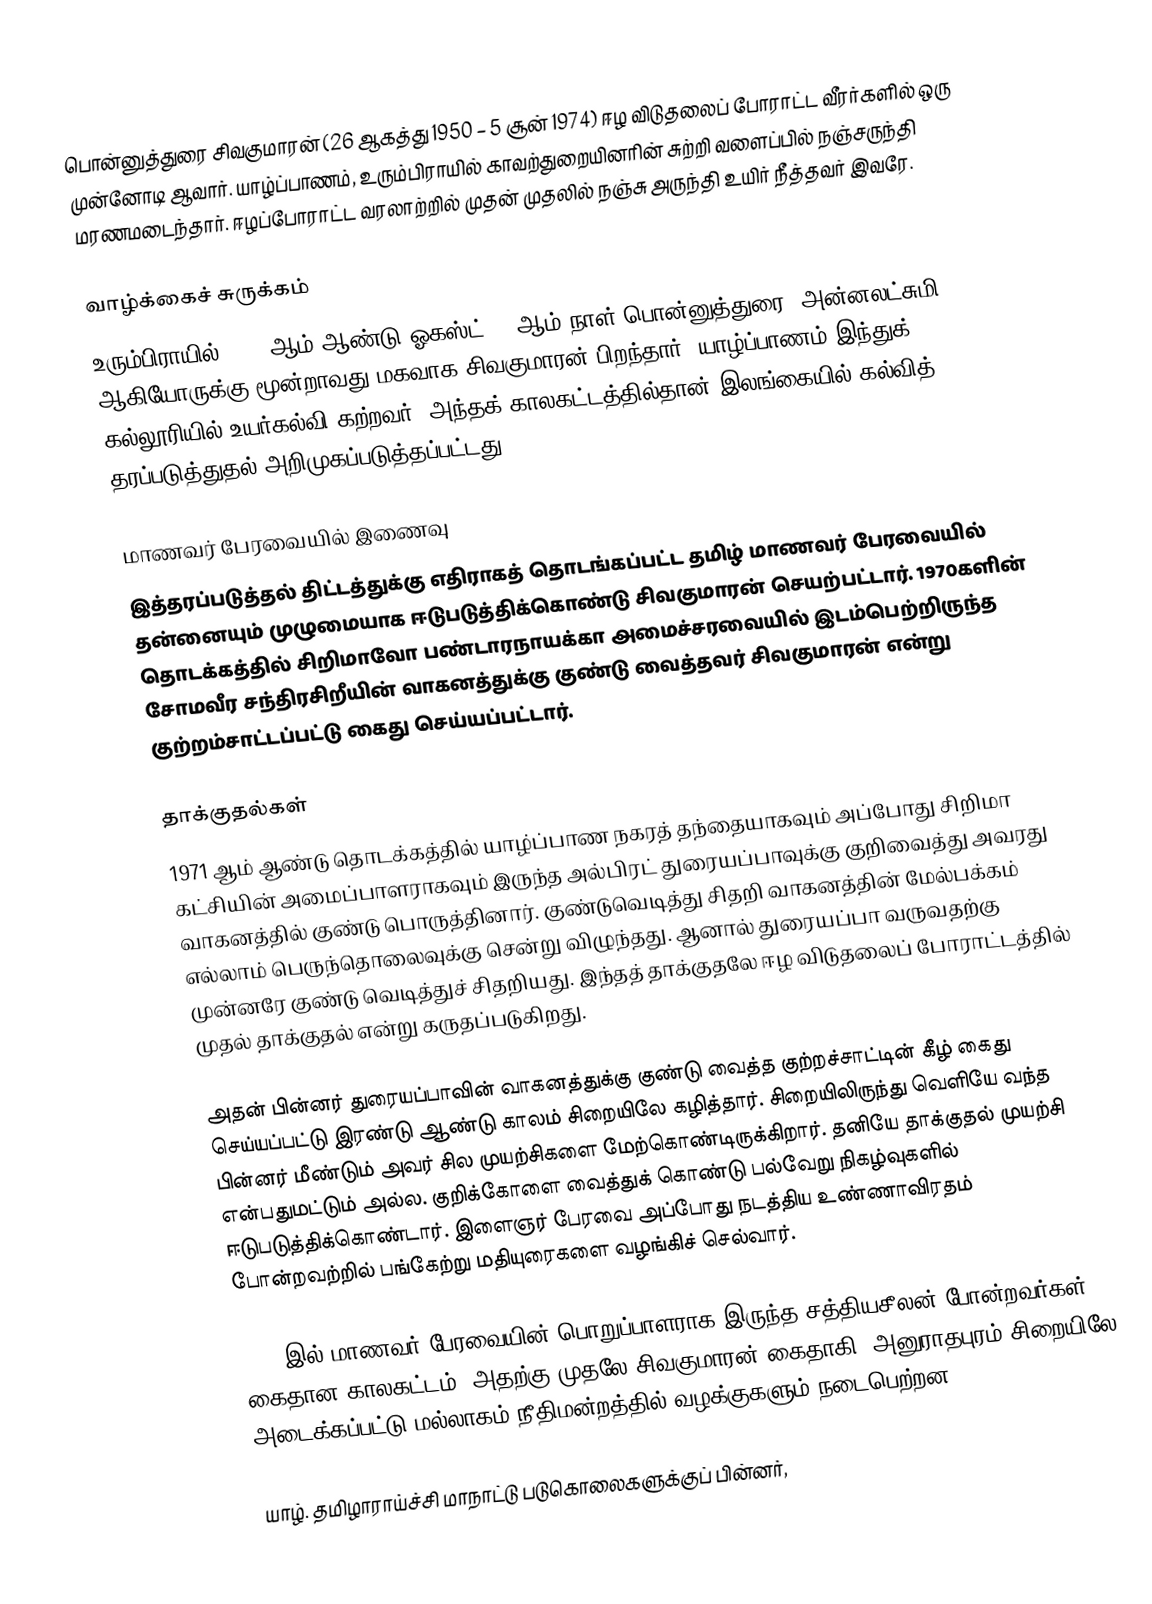
பொன்னுத்துரை சிவகுமாரன் (26 ஆகத்து 1950 – 5 சூன் 1974) ஈழ விடுதலைப் போராட்ட வீரர்களில் ஒரு முன்னோடி ஆவார். யாழ்ப்பாணம், உரும்பிராயில் காவற்துறையினரின் சுற்றி வளைப்பில் நஞ்சருந்தி மரணமடைந்தார். ஈழப்போராட்ட வரலாற்றில் முதன் முதலில் நஞ்சு அருந்தி உயிர் நீத்தவர் இவரே.

வாழ்க்கைச் சுருக்கம்
உரும்பிராயில் 1950 ஆம் ஆண்டு ஓகஸ்ட் 26 ஆம் நாள் பொன்னுத்துரை, அன்னலட்சுமி ஆகியோருக்கு மூன்றாவது மகவாக சிவகுமாரன் பிறந்தார். யாழ்ப்பாணம் இந்துக் கல்லூரியில் உயர்கல்வி கற்றவர். அந்தக் காலகட்டத்தில்தான் இலங்கையில் கல்வித் தரப்படுத்துதல் அறிமுகப்படுத்தப்பட்டது.

மாணவர் பேரவையில் இணைவு
இத்தரப்படுத்தல் திட்டத்துக்கு எதிராகத் தொடங்கப்பட்ட தமிழ் மாணவர் பேரவையில் தன்னையும் முழுமையாக ஈடுபடுத்திக்கொண்டு சிவகுமாரன் செயற்பட்டார். 1970களின் தொடக்கத்தில் சிறிமாவோ பண்டாரநாயக்கா அமைச்சரவையில் இடம்பெற்றிருந்த சோமவீர சந்திரசிறீயின் வாகனத்துக்கு குண்டு வைத்தவர் சிவகுமாரன் என்று குற்றம்சாட்டப்பட்டு கைது செய்யப்பட்டார்.

தாக்குதல்கள்
1971 ஆம் ஆண்டு தொடக்கத்தில் யாழ்ப்பாண நகரத் தந்தையாகவும் அப்போது சிறிமா கட்சியின் அமைப்பாளராகவும் இருந்த அல்பிரட் துரையப்பாவுக்கு குறிவைத்து அவரது வாகனத்தில் குண்டு பொருத்தினார். குண்டுவெடித்து சிதறி வாகனத்தின் மேல்பக்கம் எல்லாம் பெருந்தொலைவுக்கு சென்று விழுந்தது. ஆனால் துரையப்பா வருவதற்கு முன்னரே குண்டு வெடித்துச் சிதறியது. இந்தத் தாக்குதலே ஈழ விடுதலைப் போராட்டத்தில் முதல் தாக்குதல் என்று கருதப்படுகிறது.

அதன் பின்னர் துரையப்பாவின் வாகனத்துக்கு குண்டு வைத்த குற்றச்சாட்டின் கீழ் கைது செய்யப்பட்டு இரண்டு ஆண்டு காலம் சிறையிலே கழித்தார். சிறையிலிருந்து வெளியே வந்த பின்னர் மீண்டும் அவர் சில முயற்சிகளை மேற்கொண்டிருக்கிறார். தனியே தாக்குதல் முயற்சி என்பதுமட்டும் அல்ல. குறிக்கோளை வைத்துக் கொண்டு பல்வேறு நிகழ்வுகளில் ஈடுபடுத்திக்கொண்டார். இளைஞர் பேரவை அப்போது நடத்திய உண்ணாவிரதம் போன்றவற்றில் பங்கேற்று மதியுரைகளை வழங்கிச் செல்வார்.

1973 இல் மாணவர் பேரவையின் பொறுப்பாளராக இருந்த சத்தியசீலன் போன்றவர்கள் கைதான காலகட்டம். அதற்கு முதலே சிவகுமாரன் கைதாகி, அனுராதபுரம் சிறையிலே அடைக்கப்பட்டு மல்லாகம் நீதிமன்றத்தில் வழக்குகளும் நடைபெற்றன.

யாழ். தமிழாராய்ச்சி மாநாட்டு படுகொலைகளுக்குப் பின்னர்,